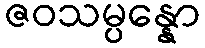
ဇဝသမ္ပန္နော